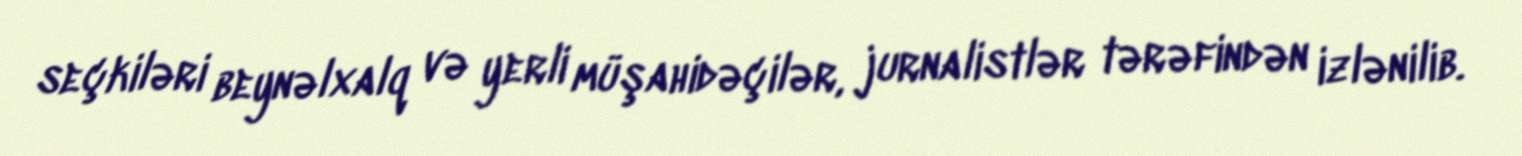
seçkiləri beynəlxalq və yerli müşahidəçilər, jurnalistlər tərəfindən izlənilib.